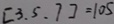
[ 3 . 5 . 7 ] = 1 0 5